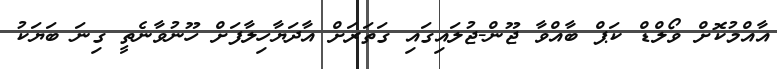
އާއްމުކޮށް ވޯލްޑް ކަޕް ބާއްވާ ޖޫން-ޖުލައިގައި ގަތަރަށް އާދަޔާހިލާފަށް ހޫނުވާނެތީ ގިނަ ބަޔަކު